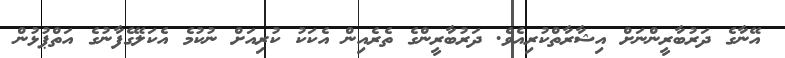
އޭނާގެ ދަރުބާރީންނަށް އިޝާރާތްކުރިއެވެ. ދަރުބާރީންގެ ތެރެއިން އެކަކު ކުރިއަށް ނުކުމެ އެކަލޭގެފާނުގެ އަތްޕުޅުން